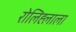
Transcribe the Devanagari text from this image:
रोलिह्लाला